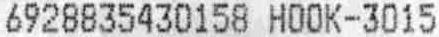
6928835430158 HOOK-3015